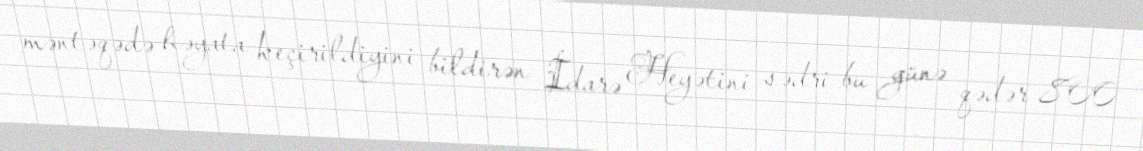
məntəqədə həyata keçirildiyini bildirən İdarə Heyətini sədri bu günə qədər 800